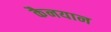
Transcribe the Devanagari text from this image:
कैनयान